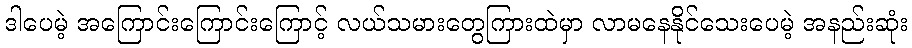
ဒါပေမဲ့ အကြောင်းကြောင်းကြောင့် လယ်သမားတွေကြားထဲမှာ လာမနေနိုင်သေးပေမဲ့ အနည်းဆုံး